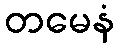
တမေနံ